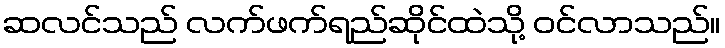
ဆလင်သည် လက်ဖက်ရည်ဆိုင်ထဲသို့ ဝင်လာသည်။